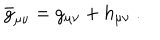
\bar { g } _ { \mu \nu } = g _ { \mu \nu } + h _ { \mu \nu } \ .